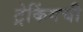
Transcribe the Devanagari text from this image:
ट्रेकिंगची